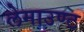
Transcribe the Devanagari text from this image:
लेमाउण्ट